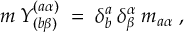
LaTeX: m \: Y _ { ( b \beta ) } ^ { ( a \alpha ) } \; = \; \delta _ { b } ^ { a } \: \delta _ { \beta } ^ { \alpha } \: m _ { a \alpha } \; ,